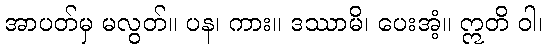
အာပတ်မှ မလွတ်။ ပန၊ ကား။ ဒဿာမိ၊ ပေးအံ့။ ဣတိ ဝါ၊